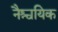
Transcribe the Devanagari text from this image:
नैश्चयिक